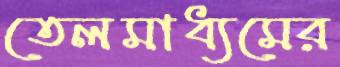
তেলমাধ্যমের